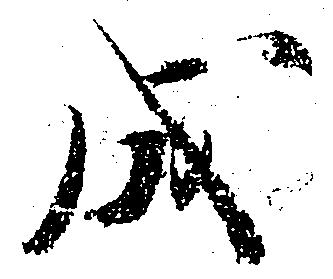
成